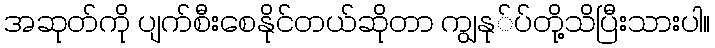
အဆုတ်ကို ပျက်စီးစေနိုင်တယ်ဆိုတာ ကျွနု်ပ်တို့သိပြီးသားပါ။